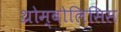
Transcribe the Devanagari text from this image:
थ्रोम्बोलिसिस